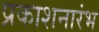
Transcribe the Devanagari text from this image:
प्रकाशनारंभ